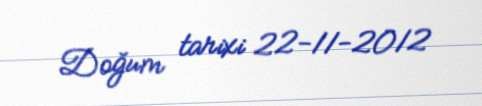
Doğum tarixi 22-11-2012